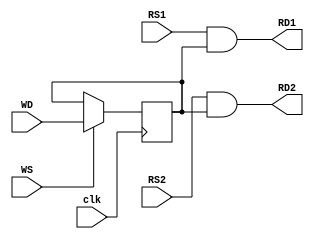
module sram_1x1(
    input wire WD,
    input wire WS,
    input wire RS1,
    input wire RS2,
    input wire clk,
    output wire RD1,
    output wire RD2
);
    reg _reg = 1'b0;
always @(posedge clk) begin
    if(WS)
        _reg <= WD;
end
assign RD1 = RS1 & _reg;
assign RD2 = RS2 & _reg;
endmodule